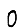
Digit: 0